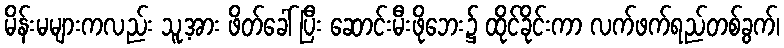
မိန်းမများကလည်း သူ့အား ဖိတ်ခေါ် ပြီး ဆောင်းမီးဖိုဘေး၌ ထိုင်ခိုင်းကာ လက်ဖက်ရည်တစ်ခွက်၊